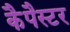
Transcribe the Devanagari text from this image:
कैपैस्टर